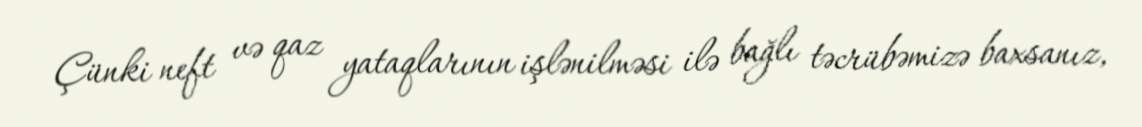
Çünki neft və qaz yataqlarının işlənilməsi ilə bağlı təcrübəmizə baxsanız,